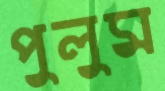
পুলুম